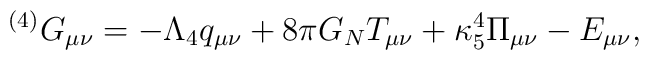
{}^{(4)}G_{\mu\nu}= 	-\Lambda_4 q_{\mu\nu}+8\pi G_N T_{\mu\nu}	+\kappa_5^4 \Pi_{\mu\nu}-E_{\mu\nu},